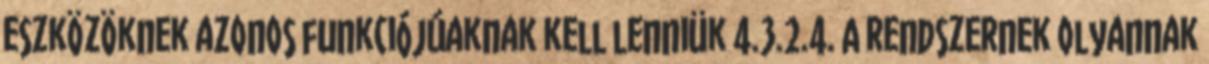
eszközöknek azonos funkciójúaknak kell lenniük 4.3.2.4. A rendszernek olyannak